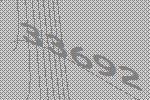
33692